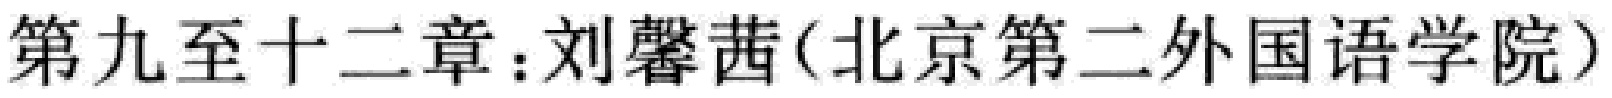
第九章至十二章：刘馨茜(北京第二外国语学院)